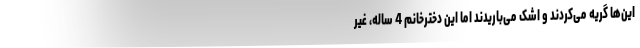
این‌ها گریه می‌کردند و اشک می‌باریدند اما این دخترخانم 4 ساله، غیر